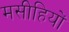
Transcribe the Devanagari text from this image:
मसीहियों